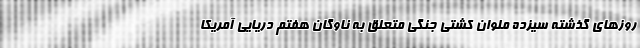
روزهای گذشته سیزده ملوان کشتی جنگی متعلق به ناوگان هفتم دریایی آمریکا